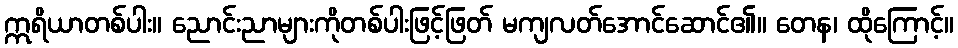
ဣရိယာတစ်ပါး။ ညောင်းညာများကိုတစ်ပါးဖြင့်ဖြတ် မကျလတ်အောင်ဆောင်၏။ တေန၊ ထိုကြောင့်။